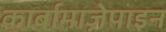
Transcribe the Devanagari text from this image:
कार्बामाज़ेपाइन